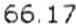
66.17